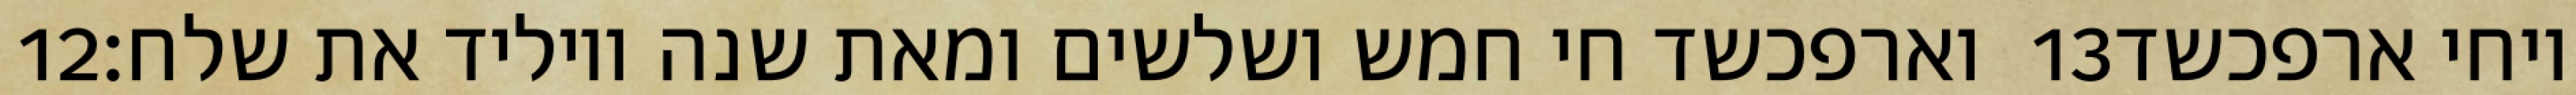
‎12‏ וארפכשד חי חמש ושלשים ומאת שנה ויוליד את שלח׃ ‎13‏ ויחי ארפכשד